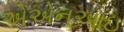
એએનઆઇ